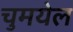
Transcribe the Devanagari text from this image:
चुमयेल